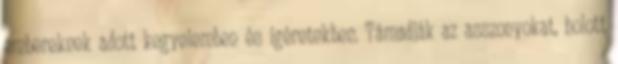
embereknek adott kegyelemben és ígéretekben. Támadják az asszonyokat, holott